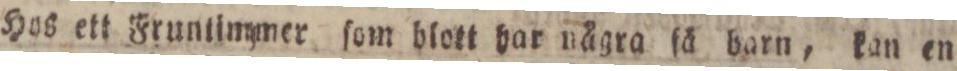
Hos ett Fruntimmer ſom blott har några ſå barn, kan en